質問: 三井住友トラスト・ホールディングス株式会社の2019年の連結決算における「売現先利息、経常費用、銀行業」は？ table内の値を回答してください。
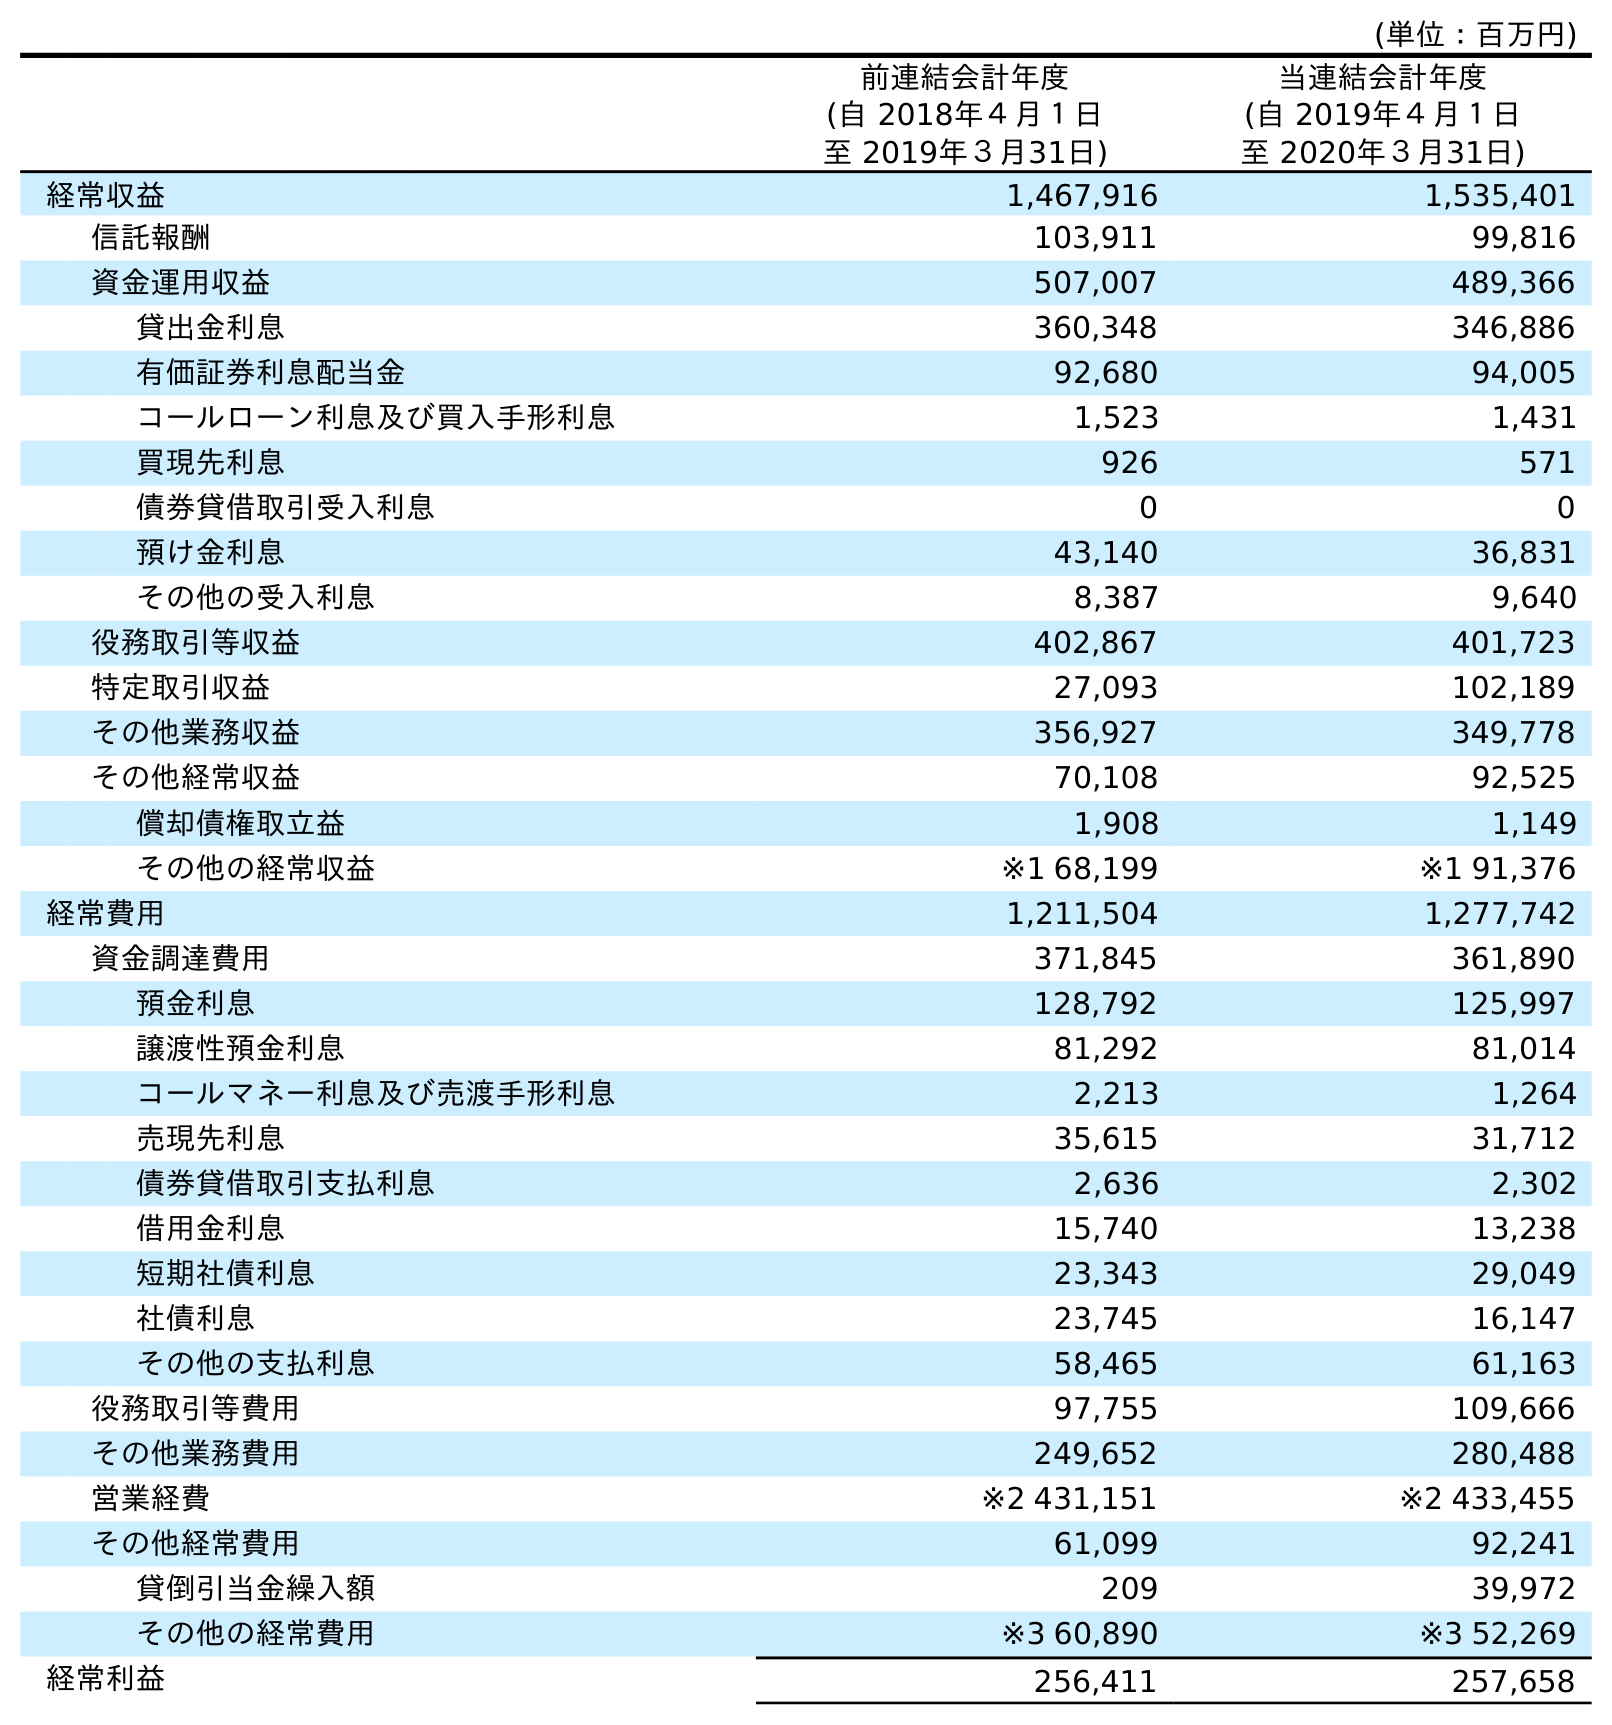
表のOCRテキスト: (単位：百万円) 前連結会計年度 (自 2018年４月１日 至 2019年３月31日) 当連結会計年度 (自 2019年４月１日 至 2020年３月31日) 経常収益 1,467,916 1,535,401 信託報酬 103,911 99,816 資金運用収益 507,007 489,366 貸出金利息 360,348 346,886 有価証券利息配当金 92,680 94,005 コールローン利息及び買入手形利息 1,523 1,431 買現先利息 926 571 債券貸借取引受入利息 0 0 預け金利息 43,140 36,831 その他の受入利息 8,387 9,640 役務取引等収益 402,867 401,723 特定取引収益 27,093 102,189 その他業務収益 356,927 349,778 その他経常収益 70,108 92,525 償却債権取立益 1,908 1,149 その他の経常収益 ※1 68,199 ※1 91,376 経常費用 1,211,504 1,277,742 資金調達費用 371,845 361,890 預金利息 128,792 125,997 譲渡性預金利息 81,292 81,014 コールマネー利息及び売渡手形利息 2,213 1,264 売現先利息 35,615 31,712 債券貸借取引支払利息 2,636 2,302 借用金利息 15,740 13,238 短期社債利息 23,343 29,049 社債利息 23,745 16,147 その他の支払利息 58,465 61,163 役務取引等費用 97,755 109,666 その他業務費用 249,652 280,488 営業経費 ※2 431,151 ※2 433,455 その他経常費用 61,099 92,241 貸倒引当金繰入額 209 39,972 その他の経常費用 ※3 60,890 ※3 52,269 経常利益 256,411 257,658
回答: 35,615